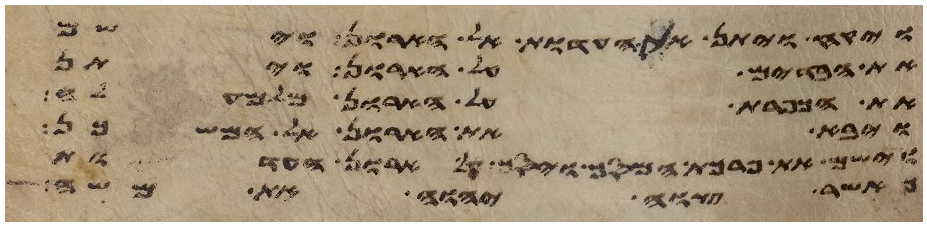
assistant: ויקח ויתן את העדות אל הארון וישם
את הבדים על הארון ויתן
את הכפרת על הארון מלמעלה
ויבא את הארון אל המשכן
וישם את פרכת המסך ויסך על ארון העדות
אשר צוה יהוה את משה